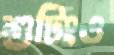
শুটিংও